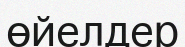
өйелдер